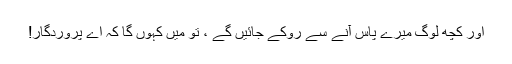
اور کچھ لوگ میرے پاس آنے سے روکے جائیں گے ، تو میں کہوں گا کہ اے پروردگار!